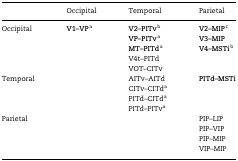
|  | Occipital | Temporal | Parietal |
 | --- | --- | --- | --- |
 | Occipital | V1–VPa | V2–PITvbVP–PITvaMT–PITdaV4t–PITdVOT–CITv | V2–MIPcV3–MIPV4–MSTib |
 | Temporal |  | AITv–AITdCITv–CITdaPITd–CITdaPITd–PITva | PITd–MSTi |
 | Parietal |  |  | PIP–LIPPIP–VIPPIP–MIPVIP–MIP |